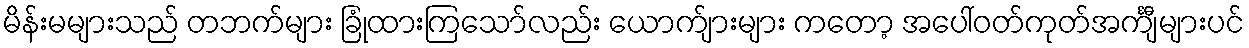
မိန်းမများသည် တဘက်များ ခြုံထားကြသော်လည်း ယောက်ျားများ ကတော့ အပေါ်ဝတ်ကုတ်အင်္ကျီများပင်